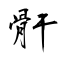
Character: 骭